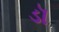
ડૉ